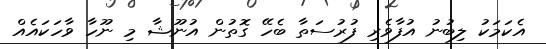
އެކަމަކު ލިބުނު އުފާވެރި ފުރުސަތާ ބެހޭ ގޮތުން އުނޫޝާ މި ނޫހާ ވާހަކައެއް